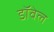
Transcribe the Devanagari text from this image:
डॉवेल